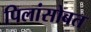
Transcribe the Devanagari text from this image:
पिलांसोबत